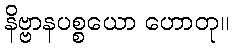
နိဗ္ဗာနပစ္စယော ဟောတု။